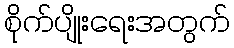
စိုက်ပျိုးရေးအတွက်